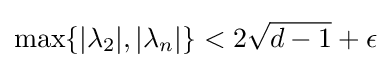
\max\{|\lambda _{2}|,|\lambda _{n}|\}<2{\sqrt {d-1}}+\epsilon